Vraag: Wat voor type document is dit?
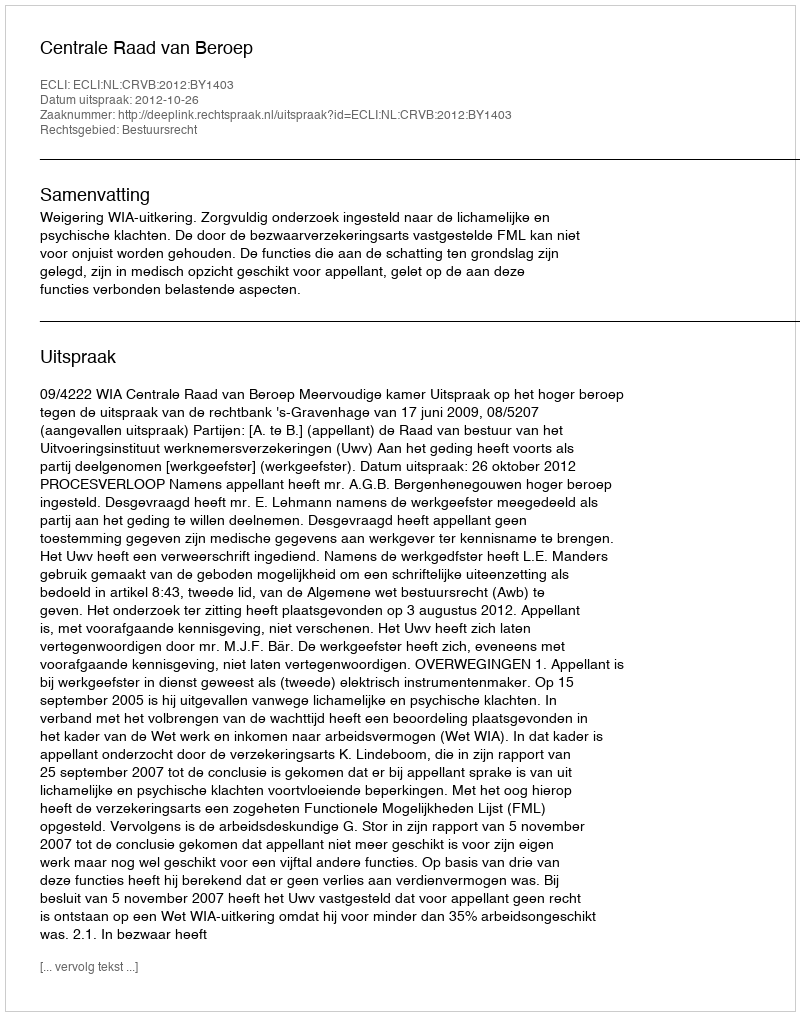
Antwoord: Uitspraak